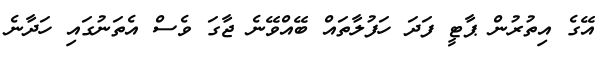
އޭގެ އިތުރުން ޕާޓީ ފަދަ ހަފުލާތައް ބޭއްވޭނެ ޖާގަ ވެސް އެތަނުގައި ހަދާނެ